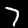
Digit: 7